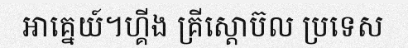
អាគ្នេយ៍។ហ្គីង គ្រីស្តោប៊ល ប្រទេស